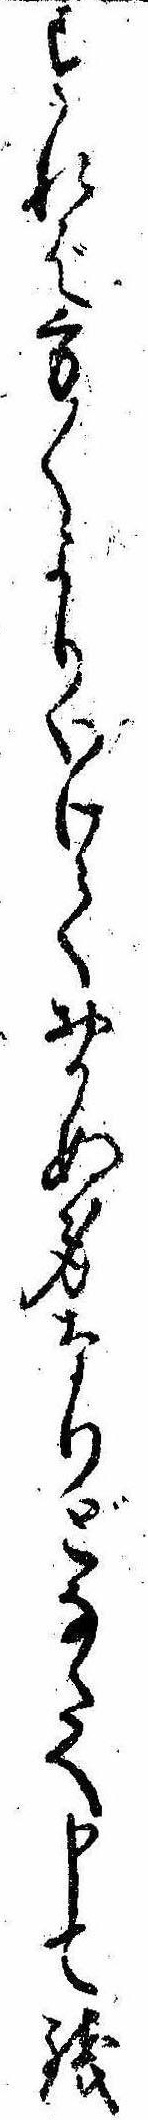
すれば方〱よりいけておかぬ身なりどなたへ申て銭